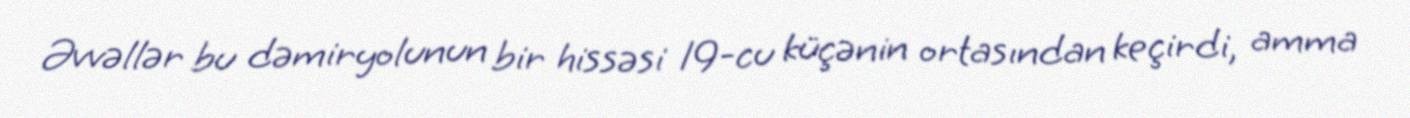
Əvvəllər bu dəmiryolunun bir hissəsi 19-cu küçənin ortasından keçirdi, amma